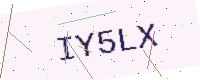
Text: IY5LX